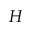
H